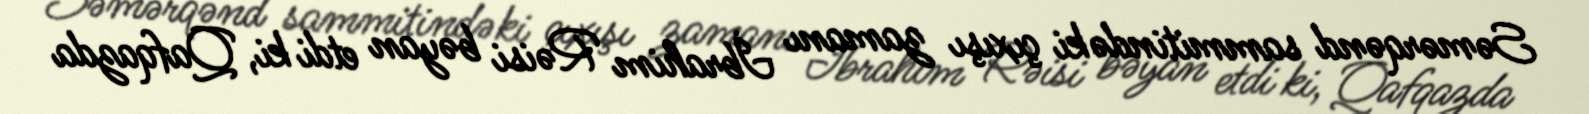
Səmərqənd sammitindəki çıxışı zamanı İbrahim Rəisi bəyan etdi ki, Qafqazda